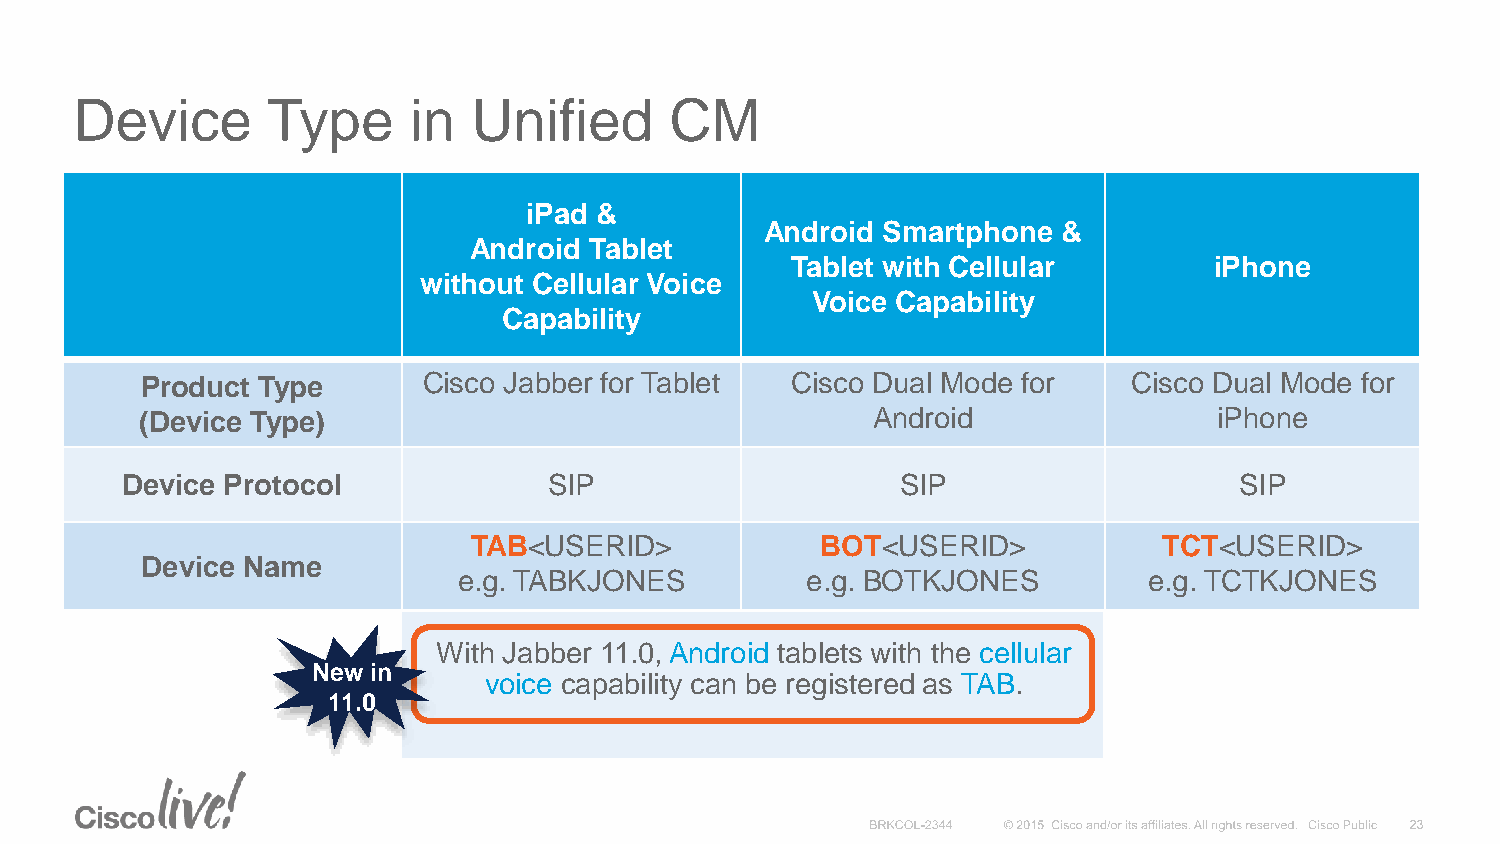
Device       Type     in  Unified      CM
 iPad &
 Android Smartphone &
 Android Tablet
 Tablet with Cellular        iPhone
 without Cellular Voice
 Voice Capability
 Capability
 Product Type       Cisco Jabber for Tablet Cisco Dual Mode for    Cisco Dual Mode for
 (Device Type)                                    Android                iPhone
 Device Protocol             SIP                     SIP                   SIP
 TAB<USERID>            BOT<USERID>            TCT<USERID>
 Device Name
 e.g. TABKJONES         e.g. BOTKJONES         e.g. TCTKJONES
 With Jabber 11.0, Android tablets with the cellular
 New in
 voice capability can be registered as TAB.
 11.0